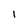
Character: 1